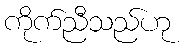
ကိုက်ညီသည်ဟု